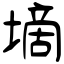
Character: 墑